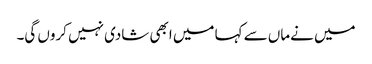
میں نےماں سے کہا میں ابھی شادی نہیں کروں گی۔